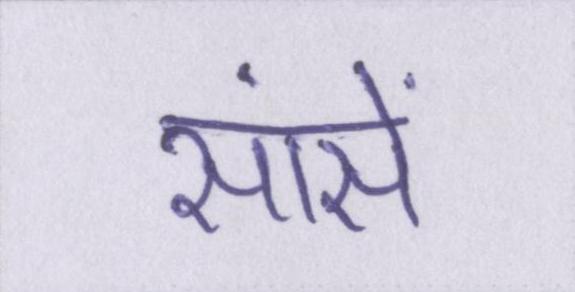
सांसें